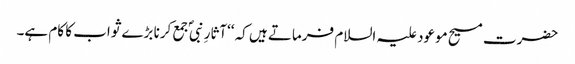
حضرت مسیح موعود علیہ السلام فرماتے ہیں کہ ‘‘آثارِ نبیؐ جمع کرنا بڑے ثواب کا کام ہے۔